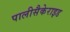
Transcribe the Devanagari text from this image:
पालीसैकेराइड